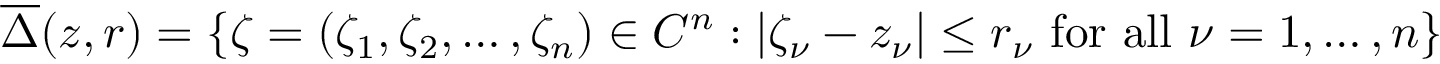
{ \overline { { \Delta } } } ( z , r ) = \{ \zeta = ( \zeta _ { 1 } , \zeta _ { 2 } , \dots , \zeta _ { n } ) \in C ^ { n } : \left| \zeta _ { \nu } - z _ { \nu } \right| \leq r _ { \nu } { \mathrm { ~ f o r ~ a l l ~ } } \nu = 1 , \dots , n \}